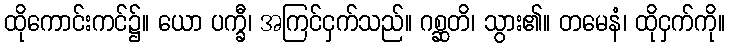
ထိုကောင်းကင်၌။ ယော ပက္ခီ၊ အကြင်ငှက်သည်။ ဂစ္ဆတိ၊ သွား၏။ တမေနံ၊ ထိုငှက်ကို။